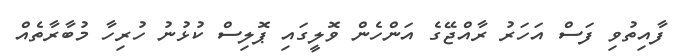
ފާއިތުވި ފަސް އަހަރު ރާއްޖޭގެ އަންހެން ވޮލީގައި ޕޮލިސް ކުޅުނު ހުރިހާ މުބާރާތެއް